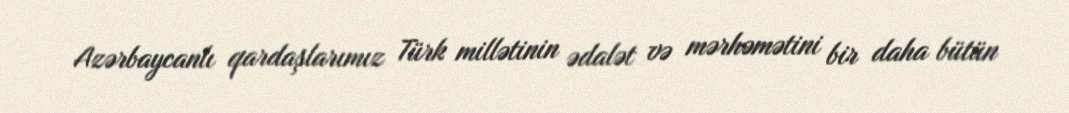
Azərbaycanlı qardaşlarımız Türk millətinin ədalət və mərhəmətini bir daha bütün